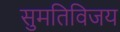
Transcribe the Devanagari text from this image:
सुमतिविजय